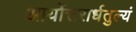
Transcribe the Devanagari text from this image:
आर्योत्तरार्धतुल्यं